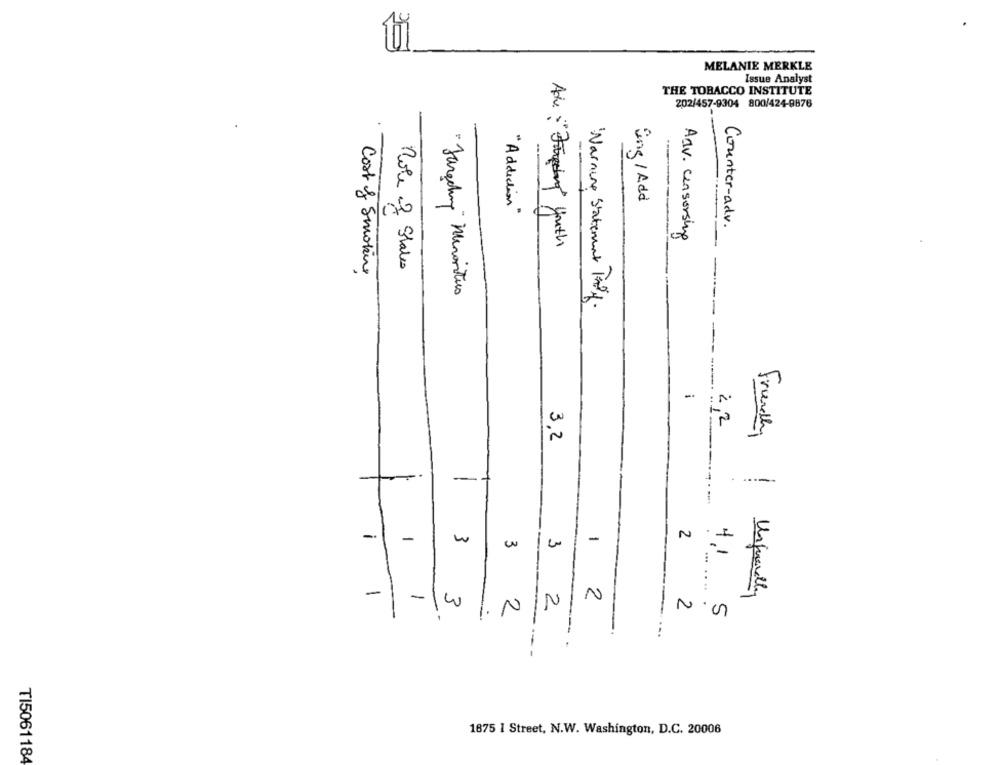
MELANIE MERKLE
Issue Analyst
THE TOBACCO INSTITUTE
202/457-9304 800/424-8876
ing / Add
" Addiction"
Counter -adv .
Adv. censorsing
Adv :" Freeing youth
Role of States
Cost of Smoking
" Targeting" Minorities
Warning Statement Prof.
2,2
Friendly
3,2
-.
-
-
N
-
w
-
3
...
41
....
-
-
N
Unguardly
3
2
N
.
1.
2
1875 1 Street, N.W. Washington, D.C. 20006
TI5061184